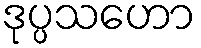
ဒုပ္ပသဟော